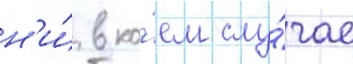
н'и́ в ко́ем слу́чае